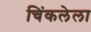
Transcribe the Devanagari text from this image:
चिंकलेला